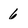
Character: 6